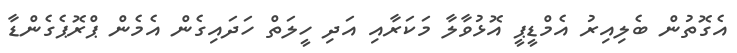
އެގޮތުން ބެލިއިރު އެމްޑީޕީ އޮޅުވާލާ މަކަރާއި އަދި ހީލަތް ހަދައިގެން އެމެން ޕްރޮޕެގެންޑާ